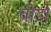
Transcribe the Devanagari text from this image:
चोडों